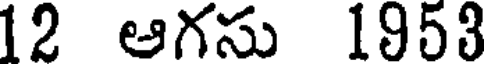
12 ఆగసు 1953